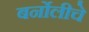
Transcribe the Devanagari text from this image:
बर्नोलीचे